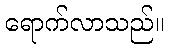
ရောက်လာသည်။